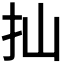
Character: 𢩳